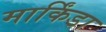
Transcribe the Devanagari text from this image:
मार्किंडा